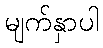
မျက်နှာပါ